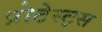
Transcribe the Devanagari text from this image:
प्रोटेस्ट्स